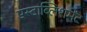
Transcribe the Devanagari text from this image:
एस्टाब्लिशमेंट